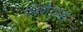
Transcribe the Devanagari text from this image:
लिणेयास